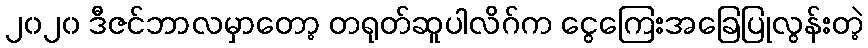
၂၀၂၀ ဒီဇင်ဘာလမှာတော့ တရုတ်ဆူပါလိဂ်က ငွေကြေးအခြေပြုလွန်းတဲ့